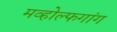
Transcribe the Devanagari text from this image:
मव्होल्फगांग